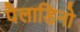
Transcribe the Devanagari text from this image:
पैलाडिनो